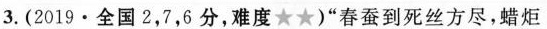
3.(2019·全国2，7，6分，难度★★)”春蚕到死丝方尽，蜡炬